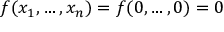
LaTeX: f ( x _ { 1 } , \dots , x _ { n } ) = f ( 0 , \dots , 0 ) = 0